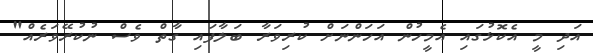
އަދި މީ އެކޮޅުގައި އެމީހުން އަހަންނަށް ކުރިވަރާ ބަލާފައި ގާތް ވެސް ނުކުރޭވަރެއް"